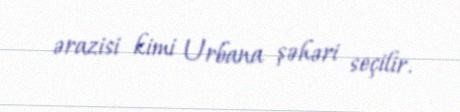
ərazisi kimi Urbana şəhəri seçilir.